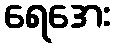
ရေအေး